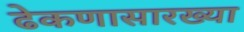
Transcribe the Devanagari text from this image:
ढेकणासारख्या